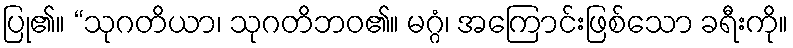
ပြု၏။ “သုဂတိယာ၊ သုဂတိဘဝ၏။ မဂ္ဂံ၊ အကြောင်းဖြစ်သော ခရီးကို။